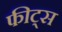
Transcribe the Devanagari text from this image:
फीट्स